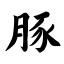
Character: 豚